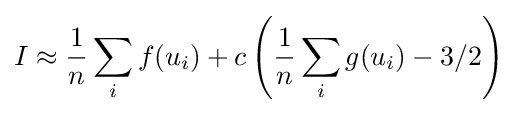
I\approx {\frac {1}{n}}\sum _{i}f(u_{i})+c\left({\frac {1}{n}}\sum _{i}g(u_{i})-3/2\right)